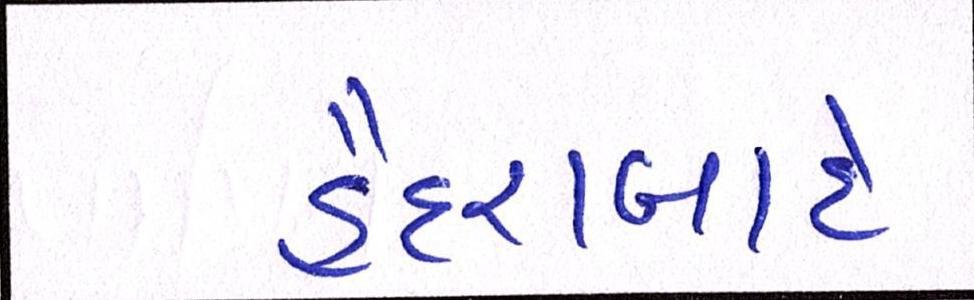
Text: હૈદરાબાદે